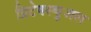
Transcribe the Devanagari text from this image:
प्रिटेक्स्चुअल